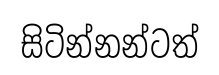
සිටින්නන්ටත්